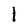
Character: 1